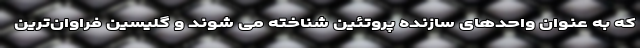
که به عنوان واحدهای سازنده پروتئین شناخته می شوند و گلیسین فراوان‌ترین